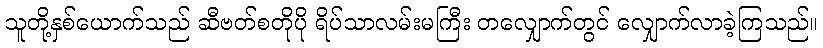
သူတို့နှစ်ယောက်သည် ဆီဗတ်စတိုပို ရိပ်သာလမ်းမကြီး တလျှောက်တွင် လျှောက်လာခဲ့ကြသည်။